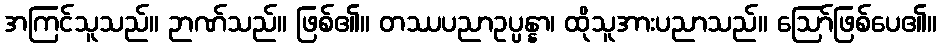
အကြင်သူသည်။ ဉာဏ်သည်။ ဖြစ်၏။ တဿပညာဥပ္ပန္နာ၊ ထိုသူအားပညာသည်။ ဩော်ဖြစ်ပေ၏။